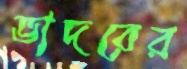
ভাদরের